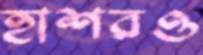
হাশরও